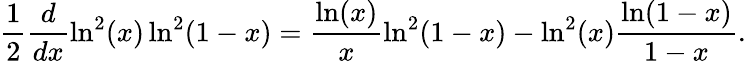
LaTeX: \frac{1}{2}\frac{d}{dx}\ln^{2}(x)\ln^{2}(1-x)=\frac{\ln(x)}{x}\ln^{2}(1-x)-\ln^{2}(x)\frac{\ln(1-x)}{1-x}.